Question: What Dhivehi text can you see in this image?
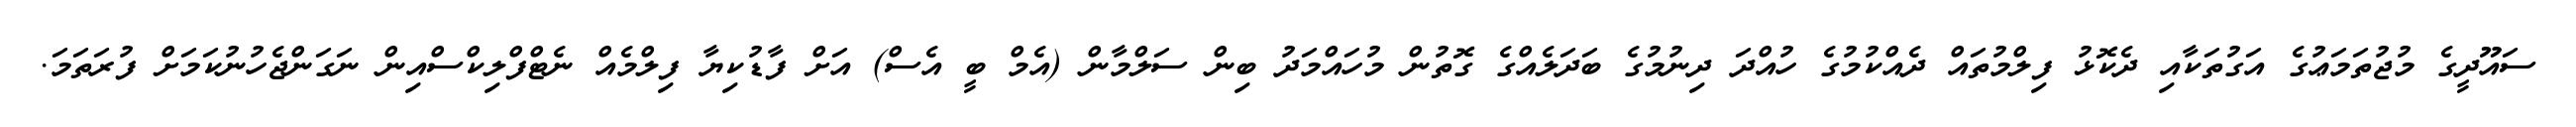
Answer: ސައޫދީގެ މުޖުތަމަޢުގެ އަގުތަކާއި ދެކޮޅު ފިލްމުތައް ދެއްކުމުގެ ހުއްދަ ދިނުމުގެ ބަދަލެއްގެ ގޮތުން މުހައްމަދު ބިން ސަލްމާން (އެމް ބީ އެސް) އަށް ފާޑުކިޔާ ފިލްމެއް ނެޓްފްލިކްސްއިން ނަގަންޖެހުނުކަމަށް ފުރަތަމަ.